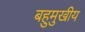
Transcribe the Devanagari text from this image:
बहुमुखीय